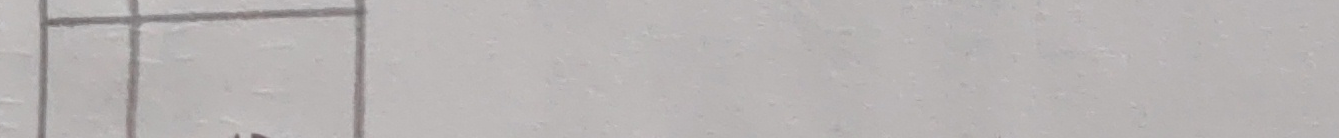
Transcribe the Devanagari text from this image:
५